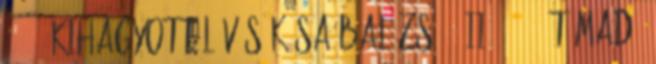
07:39 Kihagyott lövés Kósa Balázs 12 II. 07:31 Támadó